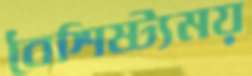
বৈশিষ্ট্যময়